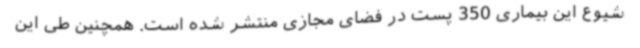
شیوع این بیماری 350 پست در فضای مجازی منتشر شده است. همچنین طی این